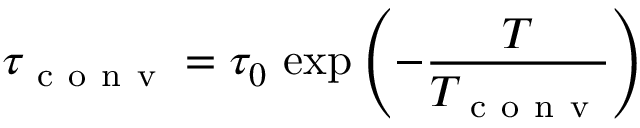
\tau _ { \mathrm { ~ c ~ o ~ n ~ v ~ } } = \tau _ { 0 } \, \exp \left( - \frac { T } { T _ { \mathrm { ~ c ~ o ~ n ~ v ~ } } } \right)